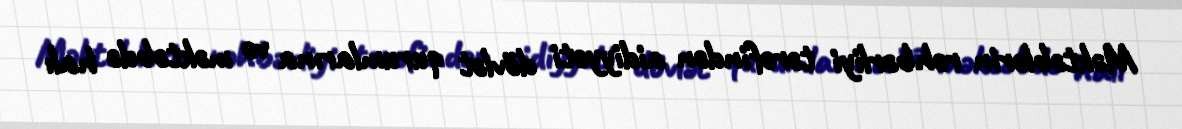
Məktəblərin rəhbərliyi tərəfindən aidiyyəti dövlət qurumlarına və məktəbdə halı